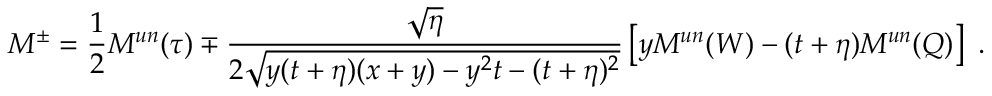
{ \cal M } ^ { \pm } = { \frac { 1 } { 2 } } { \cal M } ^ { u n } ( \tau ) \mp { \frac { \sqrt { \eta } } { 2 \sqrt { y ( t + \eta ) ( x + y ) - y ^ { 2 } t - ( t + \eta ) ^ { 2 } } } } \left[ y { \cal M } ^ { u n } ( W ) - ( t + \eta ) { \cal M } ^ { u n } ( Q ) \right] \ .